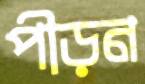
পীড়ন